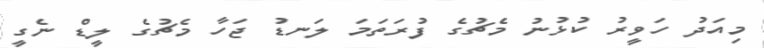
މިއަދު ހަވީރު ކުޅުނު މެޗުގެ ފުރަތަމަ ލަނޑު ޖަހާ މެޗުގެ ލީޑް ނެގީ